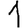
Digit: 1